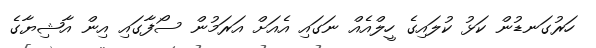
ހަރުގަނޑުން ކަޅު ކުލައިގެ ހީލްއެއް ނަގައި އެއަށް އަރަމުން ސޯފާގައި އިން އާޝިޔާގެ